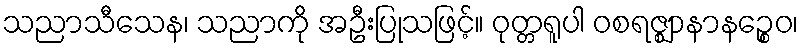
သညာသီသေန၊ သညာကို အဦးပြုသဖြင့်။ ဝုတ္တရူပါ ဝစရဇ္ဈာနာနဉ္စေဝ၊